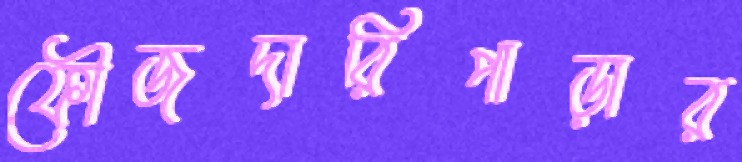
ফৌজদারিপাড়ার